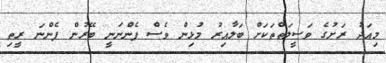
މިއަދު ރަށުގެ ވަސީލަތްތަކަށް ބަލާއިރު މުޅިން ވެސް ފެންނަނީ ބޭރުން ފެންނަ ރީތި